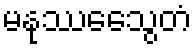
မနုဿေသွေတံ